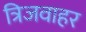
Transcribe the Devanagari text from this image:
त्रिजवाहर